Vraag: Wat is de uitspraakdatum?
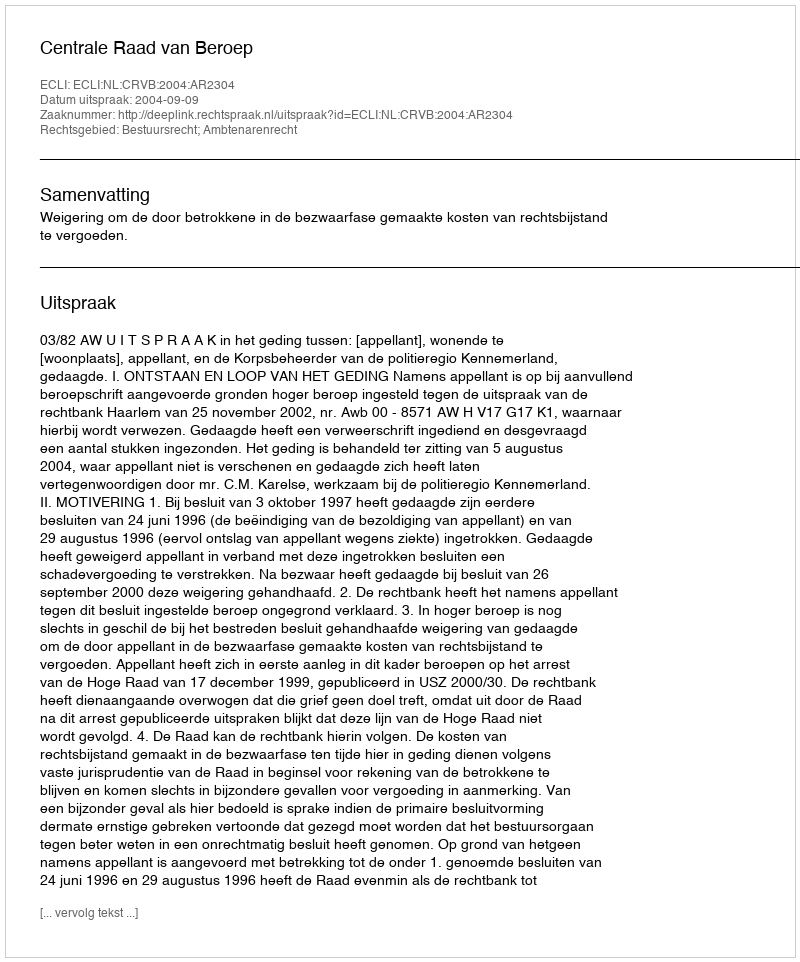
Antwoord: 2004-09-09